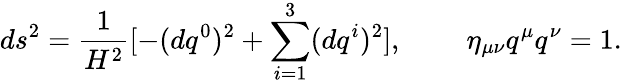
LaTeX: ds^{2}=\frac{1}{H^{2}}[-(dq^{0})^{2}+\sum_{i=1}^{3}(dq^{i})^{2}],\; \; \; \; \; \; \; \; \eta_{\mu\nu}q^{\mu}q^{\nu}=1.